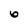
Character: 6